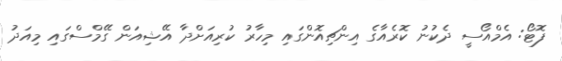
ފޮޓޯ: އެމްއޯސީ ދެކުނު ކޮރެއާގެ އިންޗިއޮންގައި މިހާރު ކުރިއަށްދާ އޭޝިއަން ގޭމްސްގައި މިއަދު